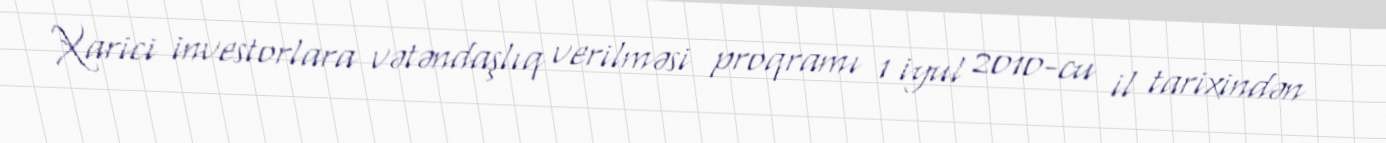
Xarici investorlara vətəndaşlıq verilməsi proqramı 1 iyul 2010-cu il tarixindən